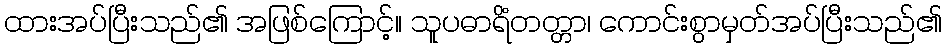
ထားအပ်ပြီးသည်၏ အဖြစ်ကြောင့်။ သူပဓာရိံတတ္တာ၊ ကောင်းစွာမှတ်အပ်ပြီးသည်၏